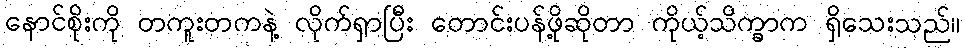
နောင်စိုးကို တကူးတကနဲ့ လိုက်ရှာပြီး တောင်းပန်ဖို့ဆိုတာ ကိုယ့်သိက္ခာက ရှိသေးသည်။